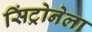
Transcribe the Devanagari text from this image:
सिंट्रोनेला